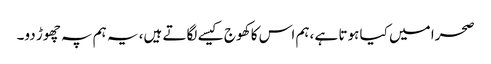
صحرا میں کیا ہوتا ہے ،ہم اس کا کھوج کیسے لگاتے ہیں، یہ ہم پہ چھوڑ دو۔